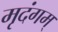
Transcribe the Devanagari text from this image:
मृदंगम्